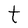
Character: t